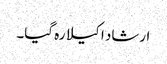
ارشاد اکیلا رہ گیا۔